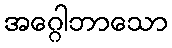
အဂ္ဂေါဘာသော